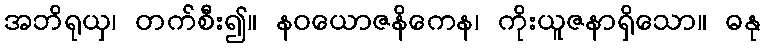
အဘိရုယှ၊ တက်စီး၍။ နဝယောဇနိကေန၊ ကိုးယူဇနာရှိသော။ ဓနု